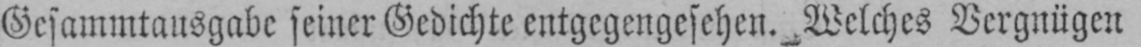
Gesammtausgabe seiner Gedichte entgegengesehen. Welches Vergnügen